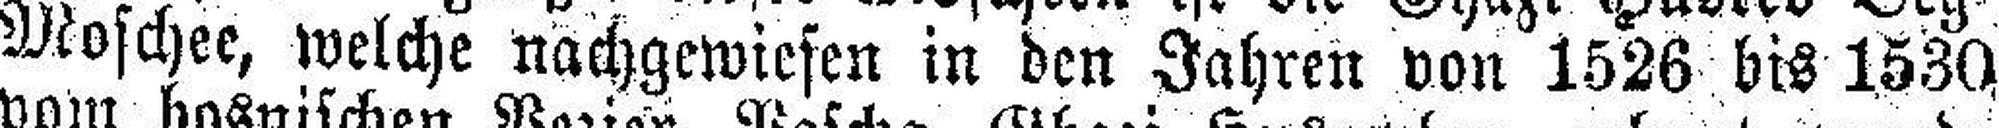
Moschee, welche nachgewiesen in den Jahren von 1526 bis 1530